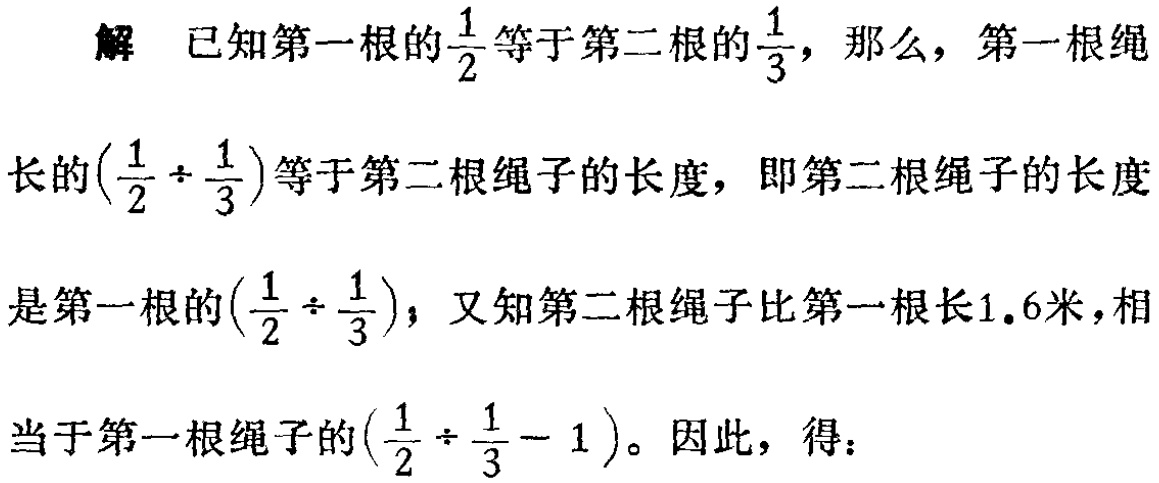
解 已知第一根的$\frac{1}{2}$等于第二根的$\frac{1}{3}$，那么，第一根绳长的$(\frac{1}{2} \div \frac{1}{3})$等于第二根绳子的长度，即第二根绳子的长度是第一根的$(\frac{1}{2} \div \frac{1}{3})$，又知第二根绳子比第一根长$1.6$米，相当于第一根绳子的$(\frac{1}{2} \div \frac{1}{3}-1)$。因此，得：